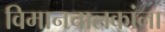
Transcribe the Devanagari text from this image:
विमानचालकांना